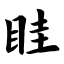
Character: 眭